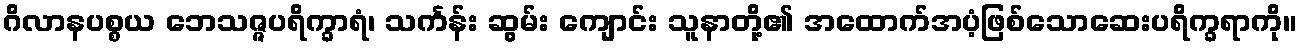
ဂိလာနပစ္စယ ဘေသဇ္ဇပရိက္ခာရံ၊ သင်္ကန်း ဆွမ်း ကျောင်း သူနာတို့၏ အထောက်အပံ့ဖြစ်သောဆေးပရိက္ခရာကို။